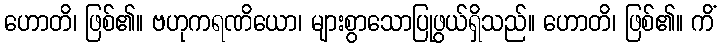
ဟောတိ၊ ဖြစ်၏။ ဗဟုကရဏိယော၊ များစွာသောပြုဖွယ်ရှိသည်။ ဟောတိ၊ ဖြစ်၏။ ကိံ